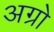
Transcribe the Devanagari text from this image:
अग्रो